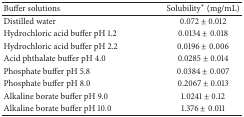
<table><thead><tr><td><b>Buffer solutions</b></td><td><b>Solubility∗ (mg/mL)</b></td></tr></thead><tbody><tr><td>Distilled water</td><td>0.072 ± 0.012</td></tr><tr><td>Hydrochloric acid buffer pH 1.2</td><td>0.0134 ± 0.018</td></tr><tr><td>Hydrochloric acid buffer pH 2.2</td><td>0.0196 ± 0.006</td></tr><tr><td>Acid phthalate buffer pH 4.0</td><td>0.0285 ± 0.014</td></tr><tr><td>Phosphate buffer pH 5.8</td><td>0.0384 ± 0.007</td></tr><tr><td>Phosphate buffer pH 8.0</td><td>0.2067 ± 0.013</td></tr><tr><td>Alkaline borate buffer pH 9.0</td><td>1.0241 ± 0.12</td></tr><tr><td>Alkaline borate buffer pH 10.0</td><td>1.376 ± 0.011</td></tr></tbody></table>